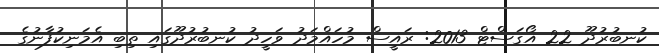
ކުނބުރުދޫ 22 އޯގަސްޓް 2013: ރައީސް މުހައްމަދު ވަހީދު ކުނބުރުދޫގައި ތިބި އެމަނިކުފާނުގެ